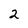
Character: 2